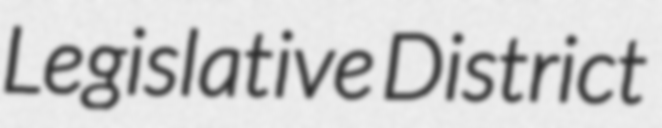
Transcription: Legislative District